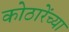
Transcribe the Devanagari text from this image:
कोठारेंच्या